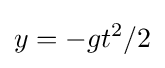
y=-gt^{2}/2